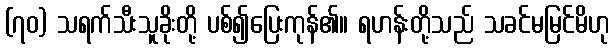
(၇၀) သရက်သီးသူခိုးတို့ ပစ်၍ပြေးကုန်၏။ ရဟန်းတို့သည် သခင်မမြင်မိဟု